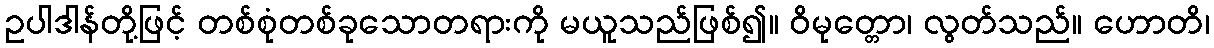
ဥပါဒါန်တို့ဖြင့် တစ်စုံတစ်ခုသောတရားကို မယူသည်ဖြစ်၍။ ဝိမုတ္တော၊ လွတ်သည်။ ဟောတိ၊